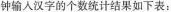
钟输入汉字的个数统计结果如下表：